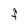
Character: F